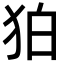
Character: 狛